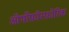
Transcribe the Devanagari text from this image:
ऑर्थोफ़ॉस्फ़ोरिक